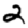
Digit: 2